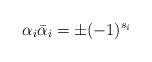
\begin{align*}\alpha_i{\bar\alpha}_i=\pm (-1)^{s_i}\end{align*}